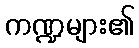
ကဏ္ဍများ၏